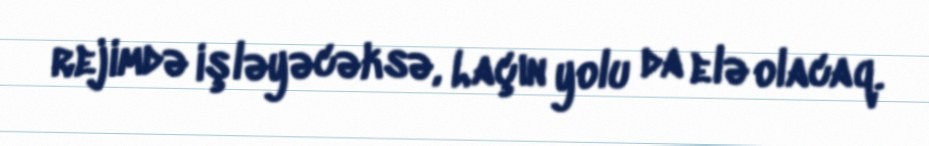
rejimdə işləyəcəksə, Laçın yolu da elə olacaq.